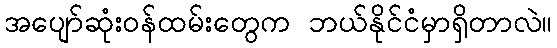
အပျော်ဆုံးဝန်ထမ်းတွေက ဘယ်နိုင်ငံမှာရှိတာလဲ။